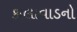
કાલાવાડનો